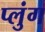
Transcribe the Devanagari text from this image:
प्लुंग